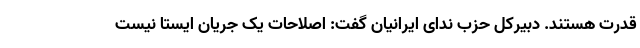
قدرت هستند. دبیرکل حزب ندای ایرانیان گفت: اصلاحات یک جریان ایستا نیست